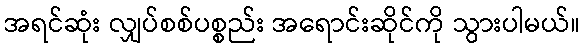
အရင်ဆုံး လျှပ်စစ်ပစ္စည်း အရောင်းဆိုင်ကို သွားပါမယ်။